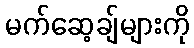
မက်ဆေ့ချ်များကို